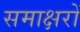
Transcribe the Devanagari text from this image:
समाक्षरों